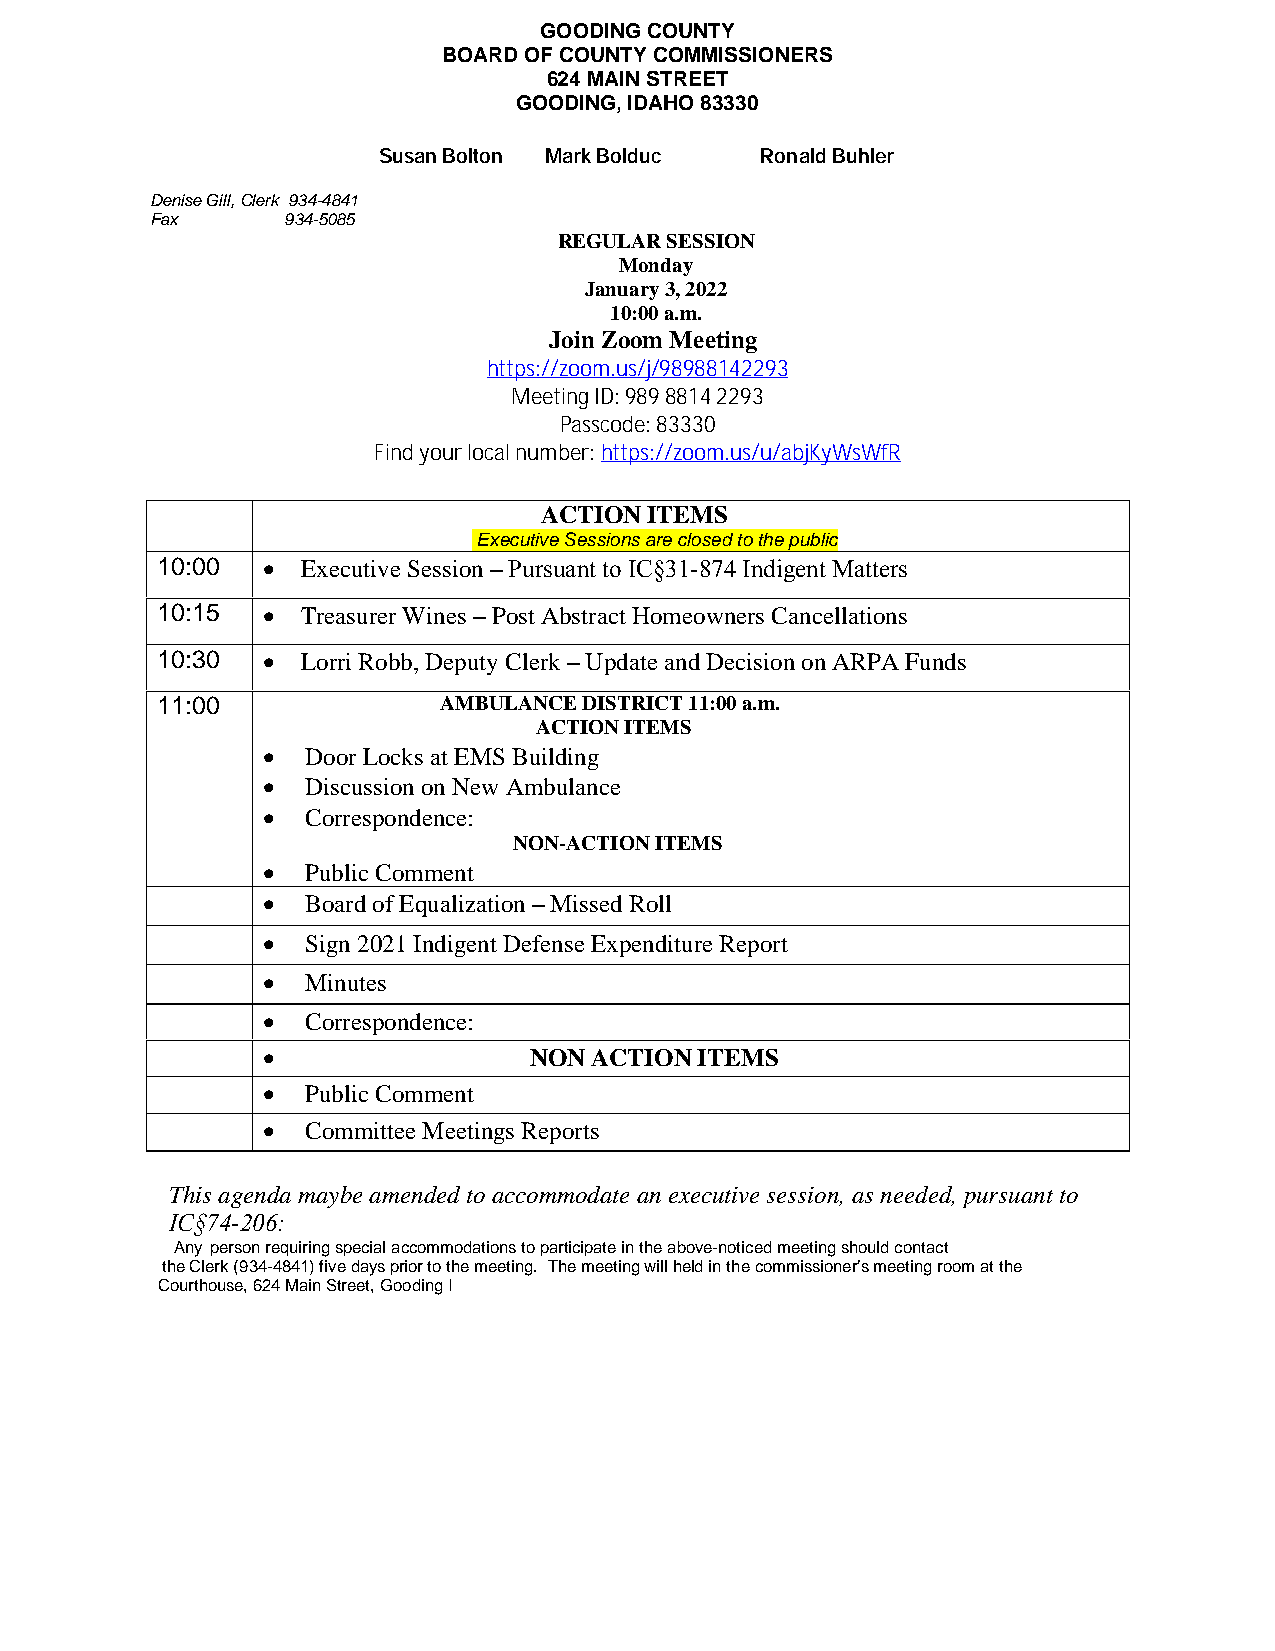
GOODING COUNTY
 BOARD OF COUNTY COMMISSIONERS
 624 MAIN STREET
 GOODING, IDAHO 83330
 Susan Bolton Mark Bolduc Ronald Buhler
 Denise Gill, Clerk 934-4841
 Fax      934-5085
 REGULAR SESSION
 Monday
 January 3, 2022
 10:00 a.m.
 Join Zoom Meeting
 https://zoom.us/j/98988142293
 Meeting ID: 989 8814 2293
 Passcode: 83330
 Find your local number: https://zoom.us/u/abjKyWsWfR
 ACTION ITEMS
 Executive Sessions are closed to the public
 10:00    Executive Session – Pursuant to IC§31-874 Indigent Matters
 10:15    Treasurer Wines – Post Abstract Homeowners Cancellations
 10:30    Lorri Robb, Deputy Clerk – Update and Decision on ARPA Funds
 11:00              AMBULANCE DISTRICT 11:00 a.m.
 ACTION ITEMS
   Door Locks at EMS Building
   Discussion on New Ambulance
   Correspondence:
 NON-ACTION ITEMS
   Public Comment
   Board of Equalization – Missed Roll
   Sign 2021 Indigent Defense Expenditure Report
   Minutes
   Correspondence:
                  NON ACTION ITEMS
   Public Comment
   Committee Meetings Reports
 This agenda maybe amended to accommodate an executive session, as needed, pursuant to
 IC§74-206:
 Any person requiring special accommodations to participate in the above-noticed meeting should contact
 the Clerk (934-4841) five days prior to the meeting. The meeting will held in the commissioner’s meeting room at the
 Courthouse, 624 Main Street, Gooding I